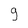
Character: 9